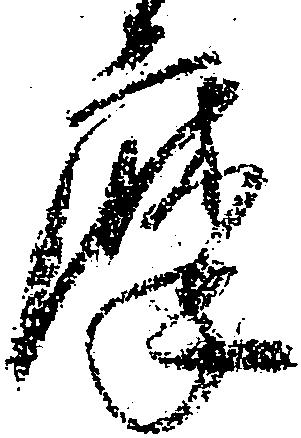
摩